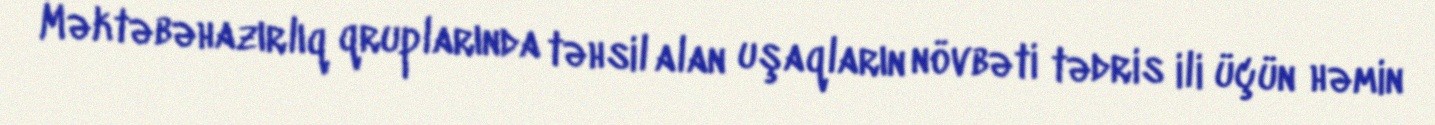
Məktəbəhazırlıq qruplarında təhsil alan uşaqların növbəti tədris ili üçün həmin